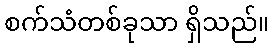
စက်သံတစ်ခုသာ ရှိသည်။